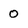
Character: o